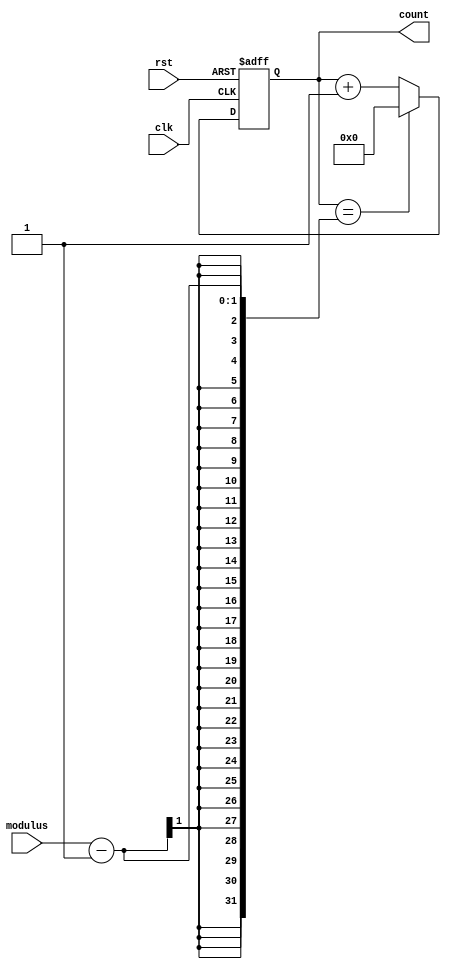
module ModulusCounter(
    input clk,
    input rst,
    input modulus,
    output reg [7:0] count
);

always @(posedge clk or posedge rst)
begin
    if(rst)
        count <= 8'b0;
    else if(count == modulus - 1)
        count <= 8'b0;
    else
        count <= count + 1;
end

endmodule